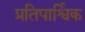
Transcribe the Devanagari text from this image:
प्रतिपार्श्विक